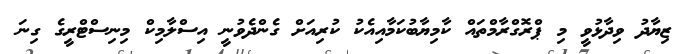
ޒިޔާދު ވިދާޅުވީ މި ޕްރޮގްރާމްތައް ކާމިޔާބުކަމާއިއެކު ކުރިއަށް ގެންދެވުނީ އިސްލާމިކް މިނިސްޓްރީގެ ގިނަ